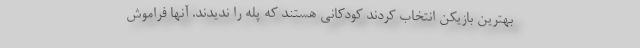
بهترین بازیکن انتخاب کردند کودکانی هستند که پله را ندیدند. آنها فراموش